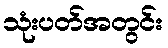
သုံးပတ်အတွင်း